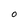
Character: O